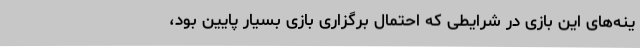
ینه‌های این بازی در شرایطی که احتمال برگزاری بازی بسیار پایین بود،